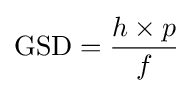
\mathrm {GSD} ={\frac {h\times p}{f}}